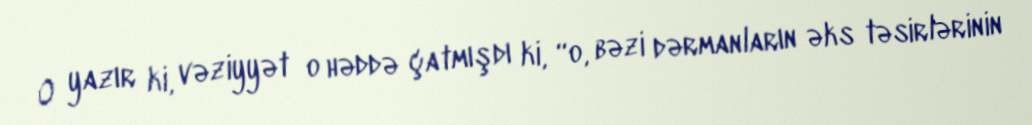
O yazır ki, vəziyyət o həddə çatmışdı ki, “o, bəzi dərmanların əks təsirlərinin